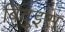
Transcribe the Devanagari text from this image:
बिंदुइस